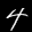
Label: 4